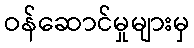
ဝန်ဆောင်မှုများမှ